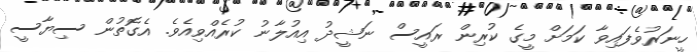
ހީނަރުވެފައިވާ ކަމަށް މީގެ ކުރިން ރައީސް ނަޝީދު އިއުލާނު ކުރެއްވިއެވެ. އެގޮތުން ސިޔާސީ